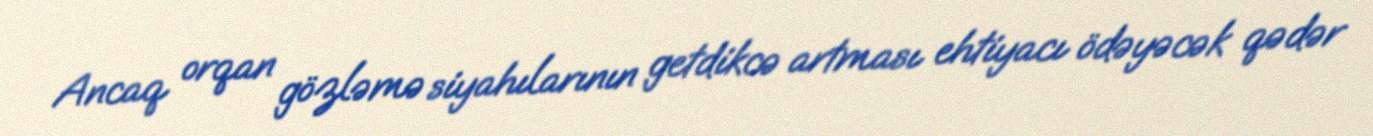
Ancaq orqan gözləmə siyahılarının getdikcə artması ehtiyacı ödəyəcək qədər